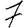
Digit: 7